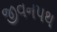
જીવનપથ